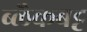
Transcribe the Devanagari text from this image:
ब्लैकबट्ट